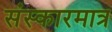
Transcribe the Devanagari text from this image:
संस्कारमात्र